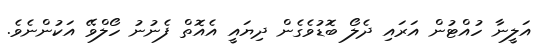
އަލީނާ ހުއްޓުން އަރައި ދެލޯ ބޮޑުވެގެން ދިޔައީ އެއޮތް ފެނުނު ހޯލްވޭ އަކުންނެވެ.